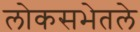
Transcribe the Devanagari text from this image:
लोकसभेतले